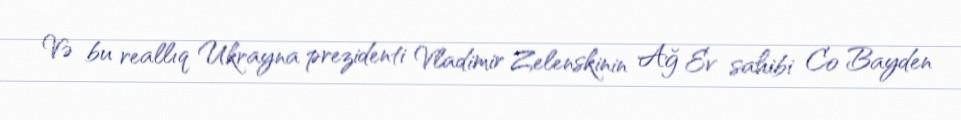
Və bu reallıq Ukrayna prezidenti Vladimir Zelenskinin Ağ Ev sahibi Co Bayden